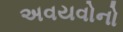
અવયવોનો